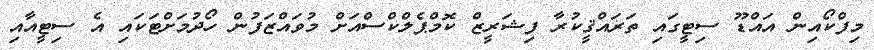
މިފްކޯއިން އައްޑޫ ސިޓީގައި ތަރައްޤީކުރާ ފިޝަރީޒް ކޮމްޕެލްކްސްއަށް މުވައްޒަފުން ހޯދުމަށްޓަކައި އެ ސިޓީއާއި